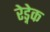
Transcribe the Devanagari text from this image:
रेड्नेक